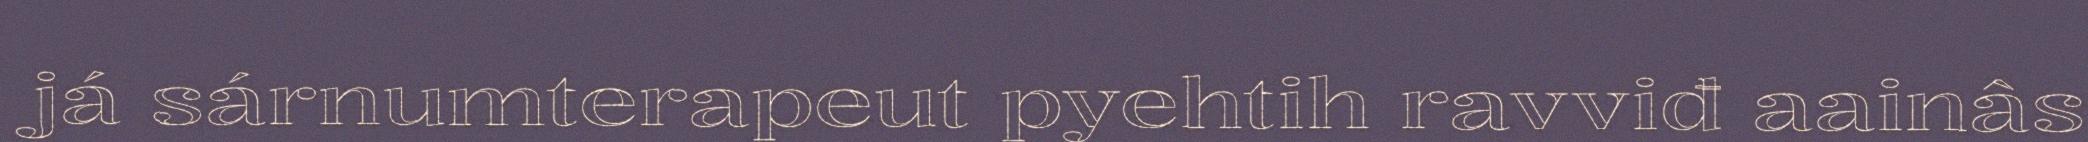
já sárnumterapeut pyehtih ravviđ aainâs